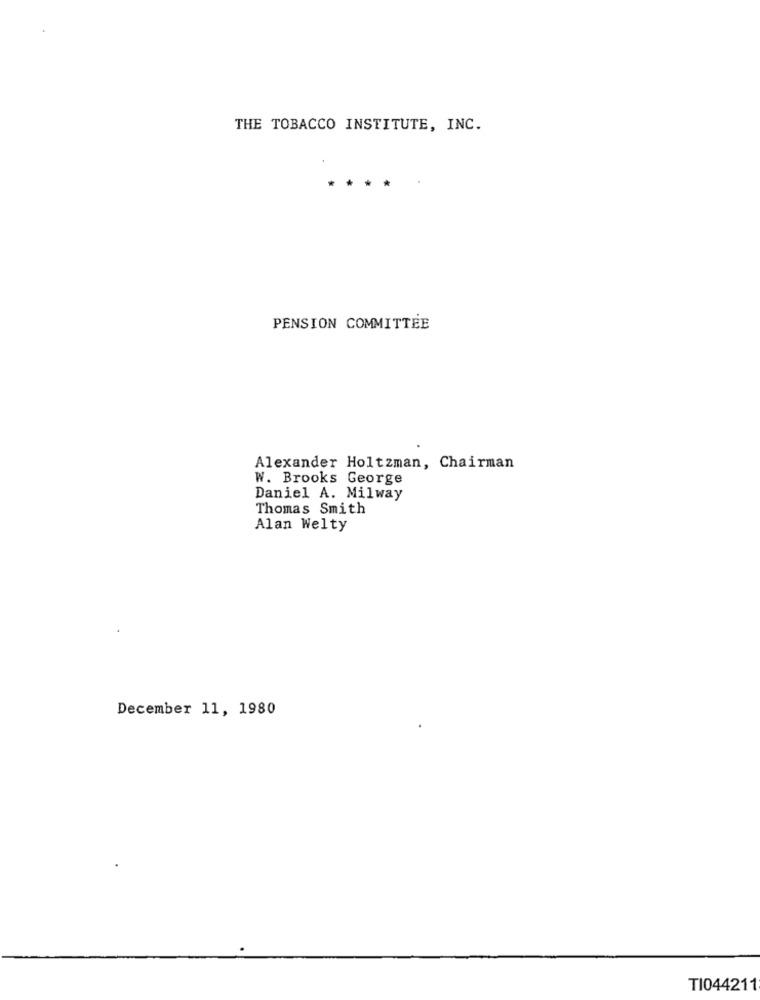
THE TOBACCO INSTITUTE, INC.
*
PENSION COMMITTEE
Alexander Holtzman, Chairman
W. Brooks George
Daniel A. Milway
Thomas Smith
Alan Welty
December 11, 1980
TI044211